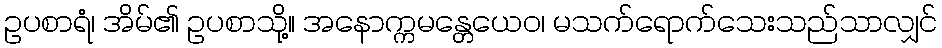
ဥပစာရံ၊ အိမ်၏ ဥပစာသို့။ အနောက္ကမန္တေယေဝ၊ မသက်ရောက်သေးသည်သာလျှင်